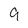
Character: 9